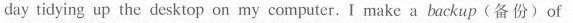
day tidying up the desktop on my computer.I make a backup(备份)of